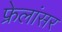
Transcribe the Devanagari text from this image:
फ्रेलांसर